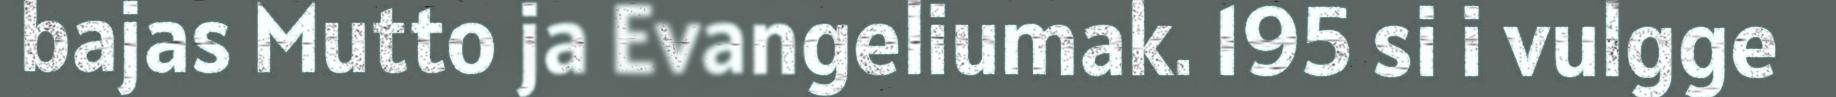
bajas Mutto ja Evangeliumak. 195 si i vulgge